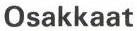
Osakkaat